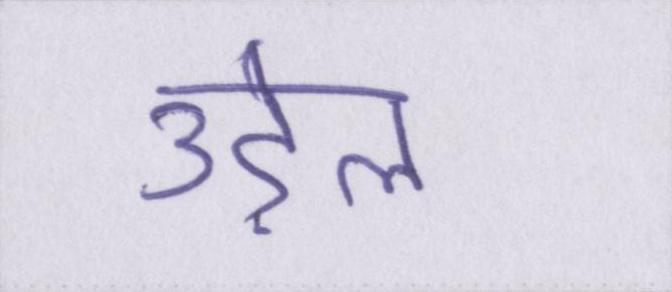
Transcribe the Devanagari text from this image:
उड़ेल